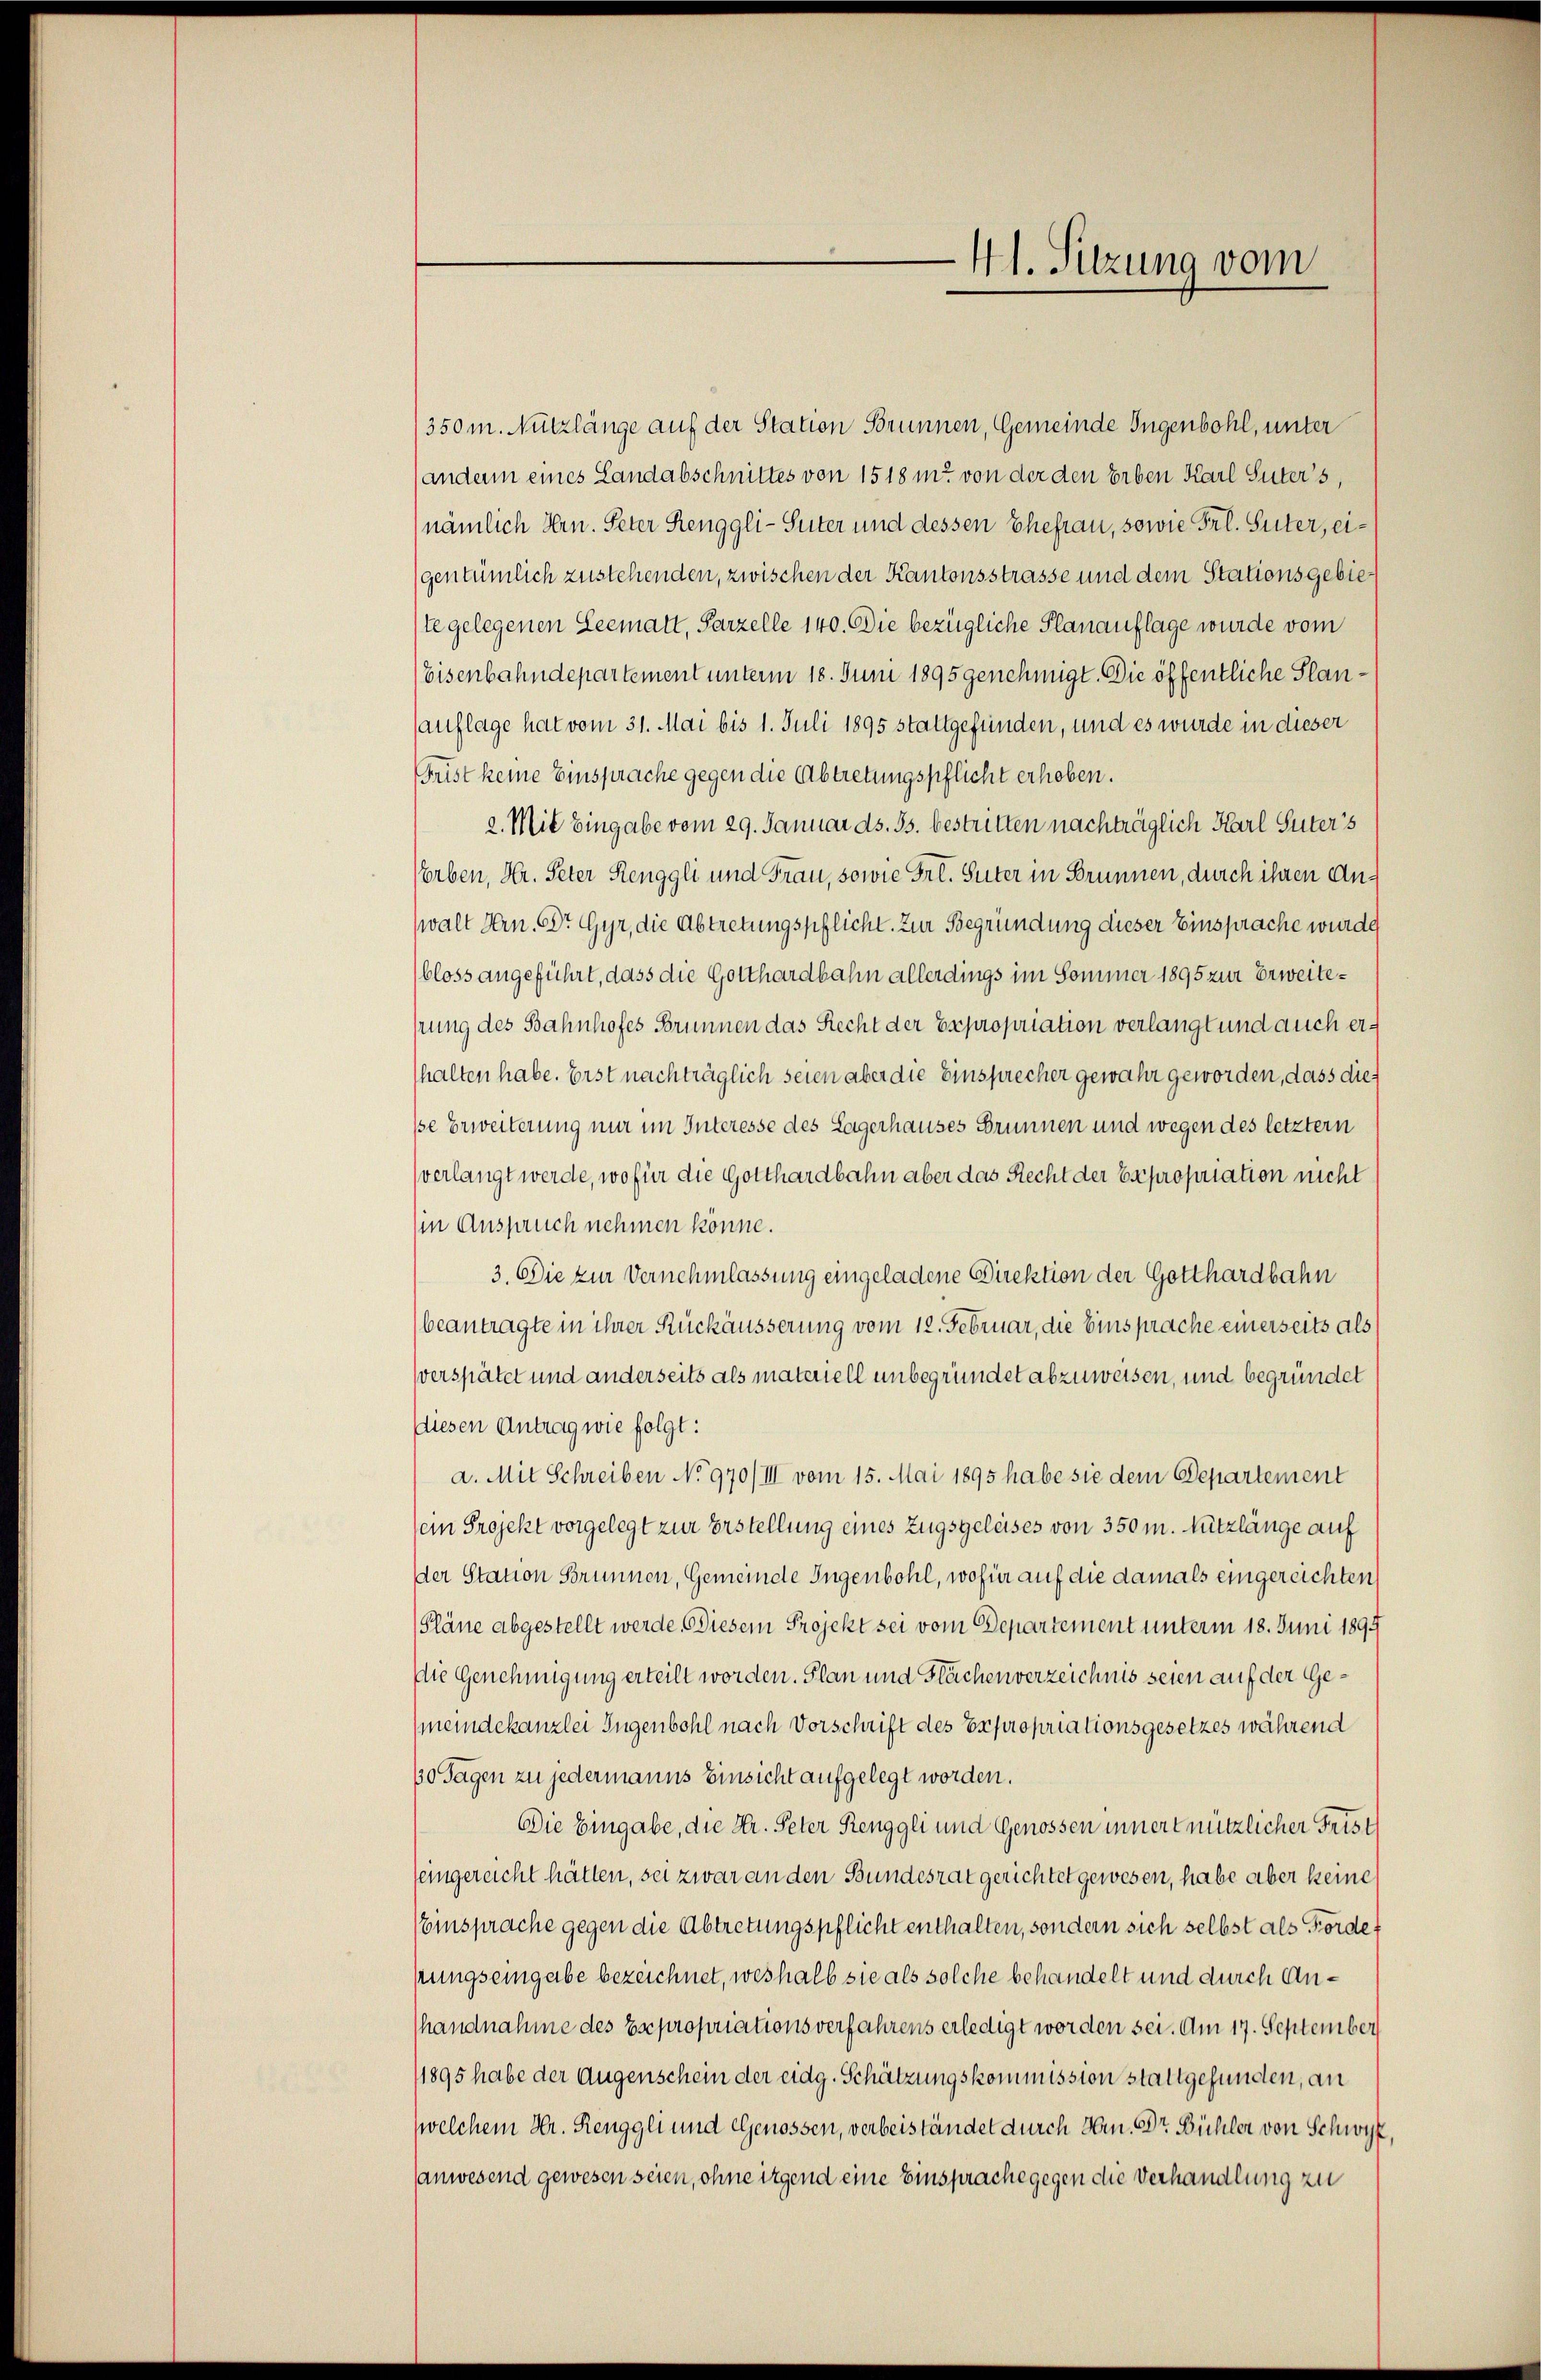
350 m. Nutzlänge auf der Station Brunnen, Gemeinde Jugenbohl, unter
andern eines Landabschnittes von 1518 m von der den Erben Karl Suter’s,
(nämlich Hrn. Peter Renggli-Suter und dessen Ehefrau, sowie Frl. Suter, eigentümlich zustehenden, zwischen der Kantonsstrasse und dem Stationsgebieste gelegenen Leematt, Parzelle 140. Die bezügliche Planauflage wurde vom
Eisenbahndepartement unterm 18. Juni 1895 genehmigt. Die öffentliche Stanauflage hat vom 31. Mai bis 1. Juli 1895 stattgefunden, und es wurde in dieser
Frist keine Einsprache gegen die Abtretungspflicht erhoben.
2. Mit Eingabe vom 29. Januar ds. Js. bestritten nachträglich Karl Suter’s
Vorben, Hr. Peter Renggli und Frau, sowie Frl. Suter in Brunnen, durch ihren Anwalt Hrn. Dr Gyr, die Abtretungspflicht. Zur Begründung dieser Einsprache wurde
bloss angeführt, dass die Gotthardbahn allerdings im Sommer 1895 zur Erweitehrung des Bahnhofes Brunnen das Recht der Expropriation verlangt und auch erthalten habe. Erst nachträglich seien aber die Einsprecher gewahr geworden, dass diesse Erweiterung nur im Interesse des Lagerhauses Brunnen und wegen des letztern
verlangt werde, wofür die Gotthardbahn aber das Recht der Expropriation nicht
in Anspruch nehmen könne.
3. Die zur Vernehmlassung eingeladene Direktion der Gotthardbahn
beantragte in ihrer Rückäusserung vom 12. Februar, die Einsprache einerseits als
verspätet und anderseits als materiell unbegründet abzuweisen, und begründet
(diesen Antrag wie folgt:
a. Mit Schreiben No 970/III vom 15. Mai 1895 habe sie dem Departement
sein Projekt vorgelegt zur Erstellung eines Zugsgeleises von 350 m. Nutzlänge auf
der Station Brunnen, Gemeinde Jugenbohl, wofür auf die damals eingereichten
Pläne abgestellt werde. Diesem Projekt sei vom Departement unterm 18. Juni 1894
Die Genehmigung erteilt worden. Plan und Flächenverzeichnis seien auf der Ge¬
(meindekanzlei Fugenbohl nach Vorschrift des Expropriationsgesetzes während
60 Tagen zu jedermanns Einsicht aufgelegt worden.
Die Eingabe, die Hr. Peter Renggli und Genossen innert nützlicher Frist
feingereicht hätten, sei zwar an den Bundesrat gerichtet gewesen, habe aber keine
Einsprache gegen die Abtretungspflicht enthalten, sondern sich selbst als Forde
pungseingabe bezeichnet, weshalb sie als solche behandelt und durch Anhandnahme des Esepropriationsverfahrens erledigt worden sei. Am 17. September
1895 habe der Augenschein der eidg. Schätzungskommission stattgefunden, an
welchem Hr. Renggli und Genossen, verbeiständet durch Hrn. Dr. Bühler von Schwyz,
anwesend gewesen seien, ohne irgend eine Einsprache gegen die Verhandlung zu

41. Sitzung vom